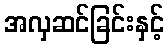
အလှဆင်ခြင်းနှင့်